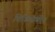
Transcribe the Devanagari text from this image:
चिकित्‍सकीय